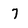
Character: 7